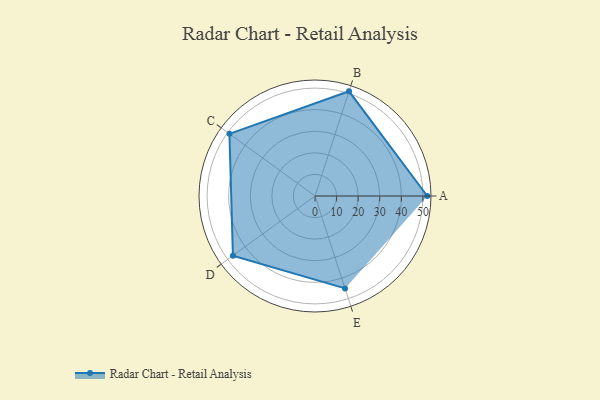
{"axis": {"x": "Skill", "y": "Score"}, "legend": ["Profile"], "data": [{"x": "A", "y": 52.0, "type": "Profile"}, {"x": "B", "y": 51.0, "type": "Profile"}, {"x": "C", "y": 49.0, "type": "Profile"}, {"x": "D", "y": 47.0, "type": "Profile"}, {"x": "E", "y": 45.0, "type": "Profile"}]}